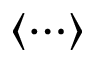
\langle \cdots \rangle